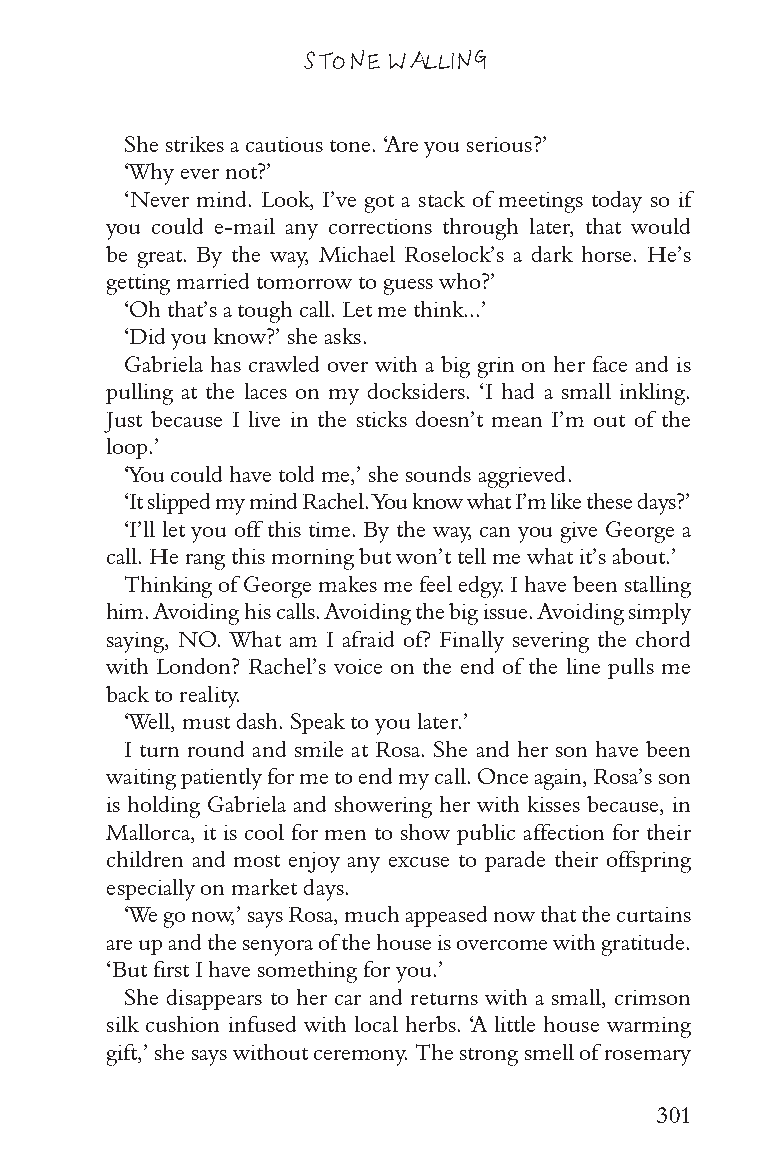
STONE WALLING
 She strikes a cautious tone. ‘Are you serious?’
 ‘Why ever not?’
 ‘Never mind. Look, I’ve got a stack of meetings today so if
 you could e-mail any corrections through later, that would
 be great. By the way, Michael Roselock’s a dark horse. He’s
 getting married tomorrow to guess who?’
 ‘Oh that’s a tough call. Let me think...’
 ‘Did you know?’ she asks.
 Gabriela has crawled over with a big grin on her face and is
 pulling at the laces on my docksiders. ‘I had a small inkling.
 Just because I live in the sticks doesn’t mean I’m out of the
 loop.’
 ‘You could have told me,’ she sounds aggrieved.
 ‘It slipped my mind Rachel. You know what I’m like these days?’
 ‘I’ll let you off this time. By the way, can you give George a
 call. He rang this morning but won’t tell me what it’s about.’
 Thinking of George makes me feel edgy. I have been stalling
 him. Avoiding his calls. Avoiding the big issue. Avoiding simply
 saying, NO. What am I afraid of? Finally severing the chord
 with London? Rachel’s voice on the end of the line pulls me
 back to reality.
 ‘Well, must dash. Speak to you later.’
 I turn round and smile at Rosa. She and her son have been
 waiting patiently for me to end my call. Once again, Rosa’s son
 is holding Gabriela and showering her with kisses because, in
 Mallorca, it is cool for men to show public affection for their
 children and most enjoy any excuse to parade their offspring
 especially on market days.
 ‘We go now,’ says Rosa, much appeased now that the curtains
 are up and the senyora of the house is overcome with gratitude.
 ‘But first I have something for you.’
 She disappears to her car and returns with a small, crimson
 silk cushion infused with local herbs. ‘A little house warming
 gift,’ she says without ceremony. The strong smell of rosemary
 301